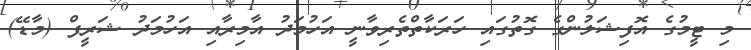
މި ޓީމުގެ އޮފިޝަލުންގެ ގޮތުގައި ހަރަކާތްތެރިވާނީ އަހުމަދު އާމިރާއި އަހުމަދު ޝަރީފް (މާޑޭ)